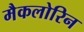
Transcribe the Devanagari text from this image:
मैकलोरिन